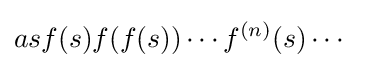
asf(s)f(f(s))\cdots f^{(n)}(s)\cdots \